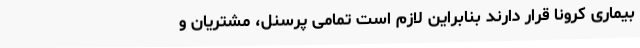
بیماری کرونا قرار دارند بنابراین لازم است تمامی پرسنل، مشتریان و